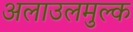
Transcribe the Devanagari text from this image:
अलाउलमुल्क